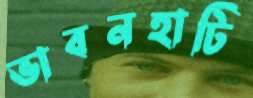
ভাবনহাটি